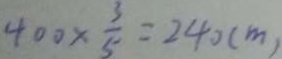
4 0 0 \times \frac { 3 } { 5 } = 2 4 0 ( m )